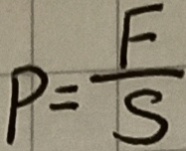
P = \frac { F } { S }